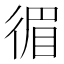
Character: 𢔰